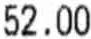
52.00